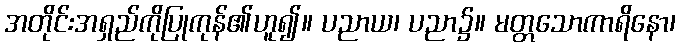
အတိုင်းအရှည်ကိုပြုကုန်၏ဟူ၍။ ပညာယ၊ ပညာ၌။ မတ္တသောကာရိနော၊